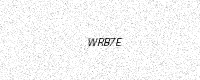
Text: WRB7E